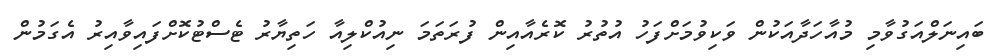
ބައިނަލްއަގުވާމި މުއާހަދާއަކުން ވަކިވުމަށްފަހު އުތުރު ކޮރެއާއިން ފުރަތަމަ ނިއުކްލިއާ ހަތިޔާރު ޓެސްޓުކޮށްފައިވާއިރު އެގަމުން